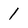
Character: 1